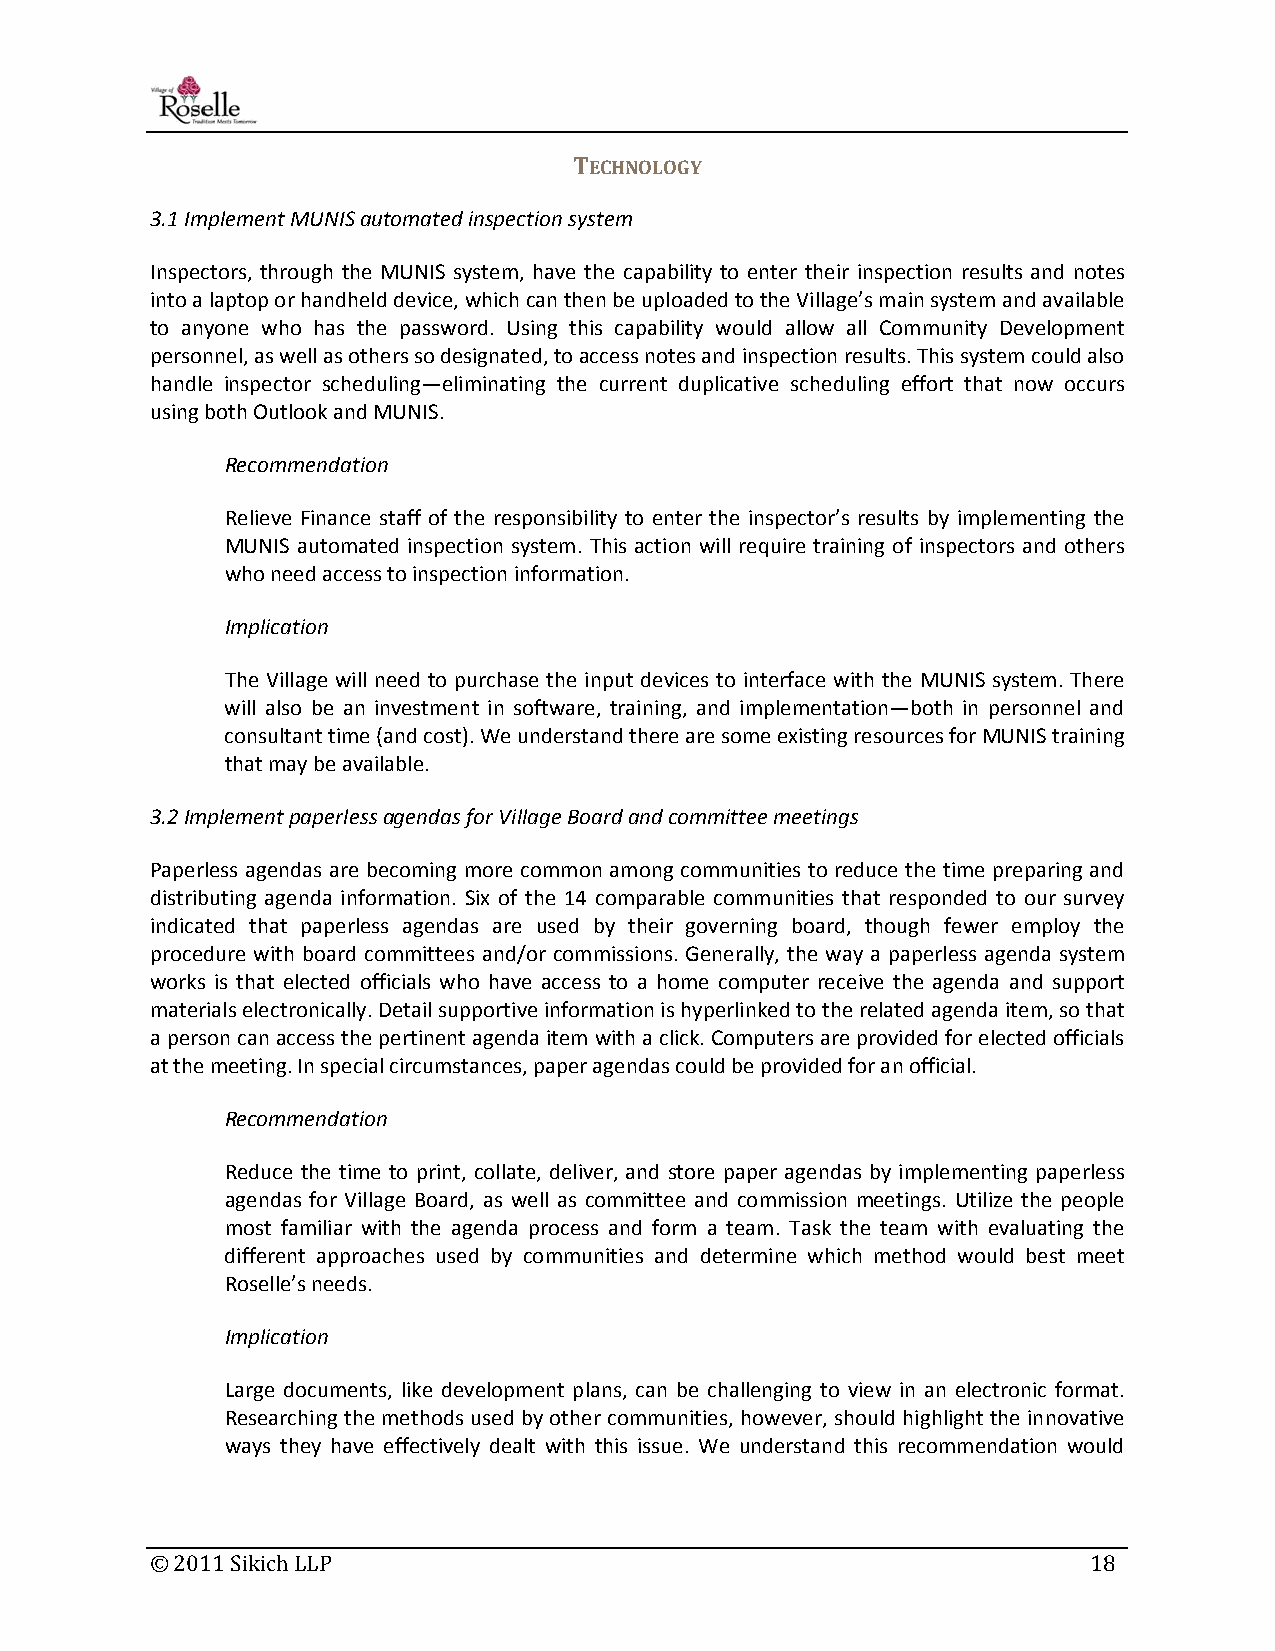
TECHNOLOGY
 3.1 Implement MUNIS automated inspection system
 Inspectors, through the MUNIS system, have the capability to enter their inspection results and notes
 into a laptop or handheld device, which can then be uploaded to the Village’s main system and available
 to anyone who has the password. Using this capability would allow all Community Development
 personnel, as well as others so designated, to access notes and inspection results. This system could also
 handle inspector scheduling—eliminating the current duplicative scheduling effort that now occurs
 using both Outlook and MUNIS.
 Recommendation
 Relieve Finance staff of the responsibility to enter the inspector’s results by implementing the
 MUNIS automated inspection system. This action will require training of inspectors and others
 who need access to inspection information.
 Implication
 The Village will need to purchase the input devices to interface with the MUNIS system. There
 will also be an investment in software, training, and implementation—both in personnel and
 consultant time (and cost). We understand there are some existing resources for MUNIS training
 that may be available.
 3.2 Implement paperless agendas for Village Board and committee meetings
 Paperless agendas are becoming more common among communities to reduce the time preparing and
 distributing agenda information. Six of the 14 comparable communities that responded to our survey
 indicated that paperless agendas are used by their governing board, though fewer employ the
 procedure with board committees and/or commissions. Generally, the way a paperless agenda system
 works is that elected officials who have access to a home computer receive the agenda and support
 materials electronically. Detail supportive information is hyperlinked to the related agenda item, so that
 a person can access the pertinent agenda item with a click. Computers are provided for elected officials
 at the meeting. In special circumstances, paper agendas could be provided for an official.
 Recommendation
 Reduce the time to print, collate, deliver, and store paper agendas by implementing paperless
 agendas for Village Board, as well as committee and commission meetings. Utilize the people
 most familiar with the agenda process and form a team. Task the team with evaluating the
 different approaches used by communities and determine which method would best meet
 Roselle’s needs.
 Implication
 Large documents, like development plans, can be challenging to view in an electronic format.
 Researching the methods used by other communities, however, should highlight the innovative
 ways they have effectively dealt with this issue. We understand this recommendation would
 © 2011 Sikich LLP                                             18